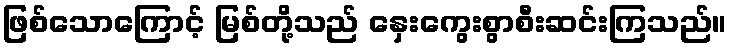
ဖြစ်သောကြောင့် မြစ်တို့သည် နှေးကွေးစွာစီးဆင်းကြသည်။